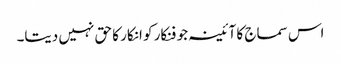
اس سماج کا آئینہ جو فنکار کو انکار کا حق نہیں دیتا۔